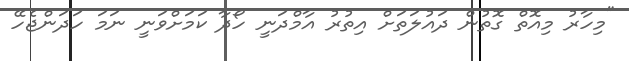
"މިހާރު މިއޮތް ގޮތުން ދައުލަތަށް އިތުރު އާމްދަނީ ހޯދާ ކަމަށްވަނީ ނަމަ ހަދަންޖެހޭ